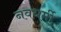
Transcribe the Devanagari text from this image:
नवधर्मी